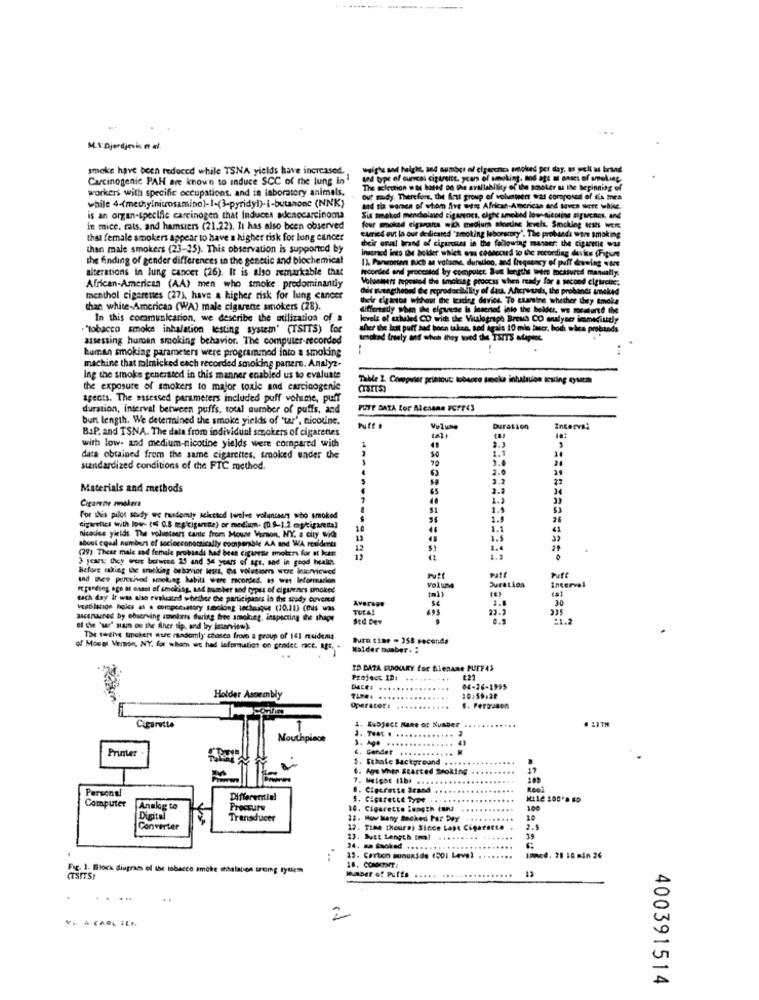
--- -
M.V' Djordjevic n el.
smoke have been reduced while TSNA yields have increased.
weighs and height, and number of elperchen pecked per day, as well as brand
Carcinogenic PAH are known to induce SCC of the lung in
und type of ourcal ciptritt. years of smoking. and age a anses of smoking.
workers with specific occupations, and in laboratory animals,
The selection was based on the arallability of the smoker at the beginning of
while 4-(methylnitrosamino)-1-(3-pyridyl)-i-butanone (NNK}
our midy. Therefore, the Arst group of volunteers was composed of A mra
is an organ-specific carcinogen that induces adenocarcinoma
Six smoked mendiolaed cigssors, elghe smoked low sicoling eigenes, and
in mice. rats. and hamsters (21.22). It has also been observed
four smoked cipaghs wch mediums aioone level. Smocking IEss WER
that female smokers appear to have a higher tisk for lung cancer
their erval brand of cigarcuss in the following masser; the cigarette was
carried out la our dedicated "smoking laboratory'. The probands were smoking
than male smokers (23-25). This observation is supported by
inserted into the bolder whlet ens coonecard to the recording devie (Figure
the finding of gender differences in the genetic and biochemical
1). Paneneseri Buch as votaovs. duration, and frequency of puff drawing wont
alterations in lung cancer (26). It is also remarkable that
Icorded and procestod by computer. But lengths were measured manually.
Volusmars repeated the smoking proccss when ready for a second cięwelke.
African-American (AA) men who smoke predominantly
chir mengtheodd de reproduciullity of dau. Afterwards, the probands uneked
menthol cigarenes (27), have a higher risk for lung cancer
their cuantos whhaut the trades davies. To examine whether they smoke
than white-American (WA) male cigarene smokers (28).
differently when the cigwend Is inserted into the holder, wo meslurte the
In this communication, we describe the utilization of a
levels of exhaled CO with the Vitalograph Brens CO mualyser immidiudly
Beniciudy
."tobacco smoke inhalation testing system' (TSITS) for
sher the lot puff had boon taken, sed Agais 10 mio buscr. both whes probands
hes probands
assessing human smoking behavior. The computer-recorded
trots Inely af which they wed the TSITS sdapiet
human smoking parameters were programmed into a smoking
machine that mlmicked each recorded smoking panere. Analyz-
Ing the smoke generated in this manner enabled us to evaluate
Table 2 Computer printout: tobacco smoke inhalation testing yum
the exposure of smokers to major toxie sad carcinogenic
agents. The assessed parameters included puff volume, puff
duration, interval between puffs, total number of puffs, and
PUTE BATA Lor Alenane FCFF43
bunt length. We determined the smoke yields of "tar', nicotine.
BaP. and TSNA. The data from individual smokers of cigarettes
Volume
Duration
with low- and medium-nicotine yields were compared with
50
1.1
14
data obtained from the same cigarettes, smoked under the
70
21
standardized conditions of the FTC method.
4
22
Materials and methods
65
3.2
Cigarene rmakers
7
For this pilot study wc randomly sixttod twelve volunteers who smoked
1.4
26
cigarefica with low- (≤ 0.8 mg'kigarne) or medium- (0.9-1.2 mykigarema)
1.1
41
about equal numbers of tociocconomaically comparable AA and WA residents
nicosice yields The volunteers cante from Mount Vernon. NY. a city wid
(29) These male and female probands had been cigurme smokers for st kan
13
3 years; they war between 25 and Se years of age, and in good health.
Before making the tracking behavior Meus, the volusisers wore Inscrviewed
Puff
and thee perceived smolag habits were recorded. as was Information
Voltna
regarding oge at esset of smoking, add number and types of cigarenes smoked
Interval
each day Ir was also evaluated whether the participases in the study covered
Average
1.8
30
vcatilation holes as a compensatory soolong technique (20.11) (This was
TOCA!
22.3
ascenaned by observing smolorts during free amoking, inspecting the shape
Std Der
=1.2
of the 'ur' sua oe the fiher tip, and try interview).
The twelve tmakers sure radumly chosen from a group of 141 msideau
Burn time - 358 seconds
of Mount Vernon, NY. for whom we had information on pendet rcc. i. .
kalder muaber. :
ID DATA SUMMARY for Sienane PUFF43
Project ID:
..........
04-26-1995
Holder Assembly
.......
10.55.20
Operator: ..
1. Subject Mane or Number
Cigarette
3. T ... . ..
Nouthpioch
.....
Printer
6. Gander ..
5. Schale Background
6. Ags When Started Smoking
17
7, Meigae 41b) ....
100
Personel
B. Cigcreste Brand
Reol
Computer
Differential
5. Cigarette Typ* **
Analog to
Proccurs
20. Cigarette Length tans
Digital
Transducer
22. How Many Backed Par Dey
Converter
17. Time thours) Since Lapt Cigarette
2.5
23. Butt Length [m]
24. ma śaoked .....
15. Carbon monoxide (001 Level
inc. 21 10 min 26
Fig. 1. Block diagram of the tobacco amche shbalaton trening rytless
Haber of Puffs
16. COMMENT :
(TSITSI
.......
. ..
2
VE # CABL ILN
400391514